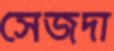
সেজদা